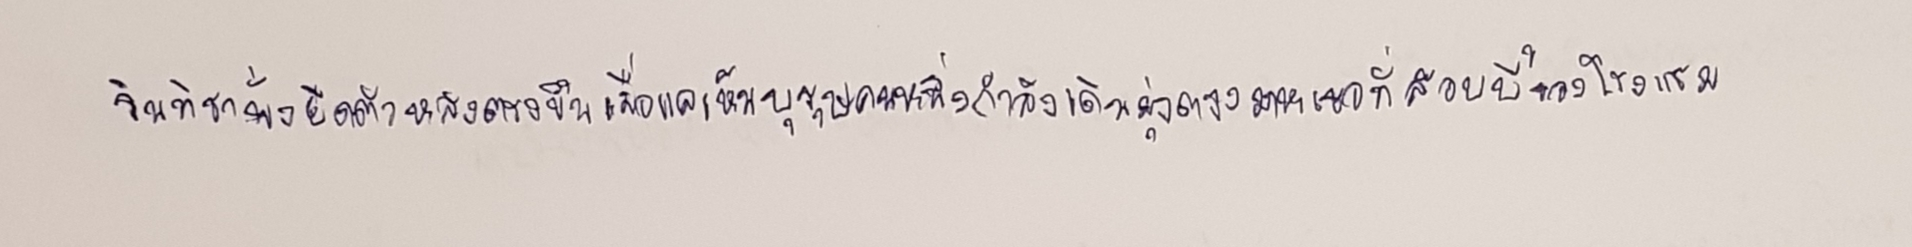
รินทิชานั่งยืดตัวหลังตรงขึ้นเมื่อแลเห็นบุรุษคนหนึ่งกำลังเดินมุ่งตรงมาหาเธอที่ล็อบบี้ของโรงแรม